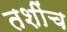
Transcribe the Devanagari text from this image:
तशींच